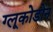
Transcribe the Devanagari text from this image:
ग्लूकोडोन